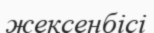
жексенбісі